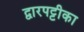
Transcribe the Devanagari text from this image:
द्वारपट्टीका